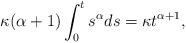
LaTeX: \begin{align*} \kappa (\alpha+1) \int_{0}^{t} s^{\alpha}ds =\kappa t^{\alpha+1}, \end{align*}